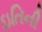
ઇતિની